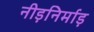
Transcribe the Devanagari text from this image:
नीड़निर्माड़